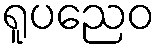
ရူပညေဝ